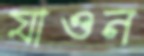
যাওন